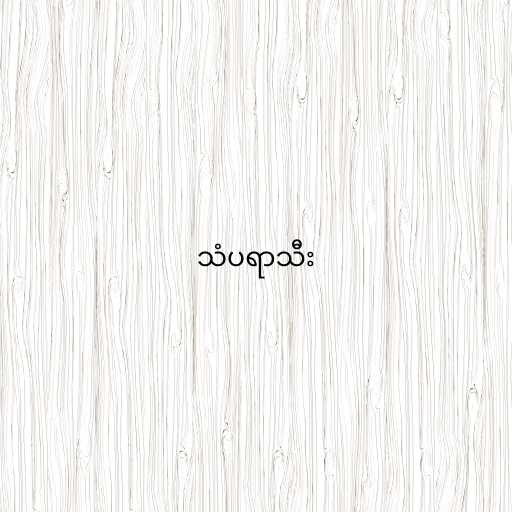
သံပရာသီး